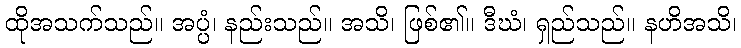
ထိုအသက်သည်။ အပ္ပံ၊ နည်းသည်။ အသိ၊ ဖြစ်၏။ ဒီဃံ၊ ရှည်သည်။ နဟိအသိ၊